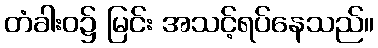
တံခါးဝ၌ မြင်း အသင့်ရပ်နေသည်။